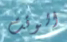
الوقت